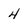
Character: 4